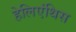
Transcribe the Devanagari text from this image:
हेलिएंथिस